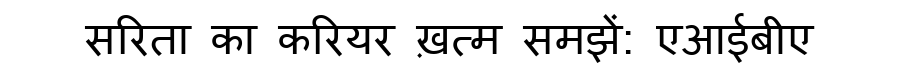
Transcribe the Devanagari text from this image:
सरिता का करियर ख़त्म समझें: एआईबीए